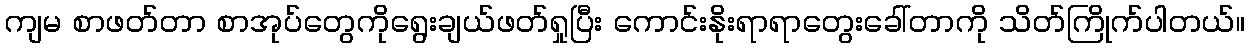
ကျမ စာဖတ်တာ စာအုပ်တွေကိုရွေးချယ်ဖတ်ရှုပြီး ကောင်းနိုးရာရာတွေးခေါ်တာကို သိတ်ကြိုက်ပါတယ်။